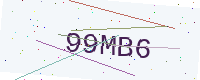
Text: 99MB6